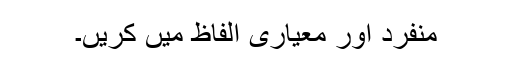
منفرد اور معیاری الفاظ میں کریں۔